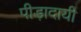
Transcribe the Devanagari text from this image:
पीड़ादायी